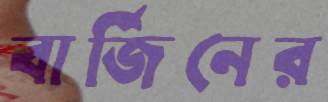
বার্জিনের